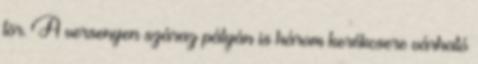
tör. A versenyen száraz pályán is három kerékcsere várható